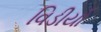
વિડીયો